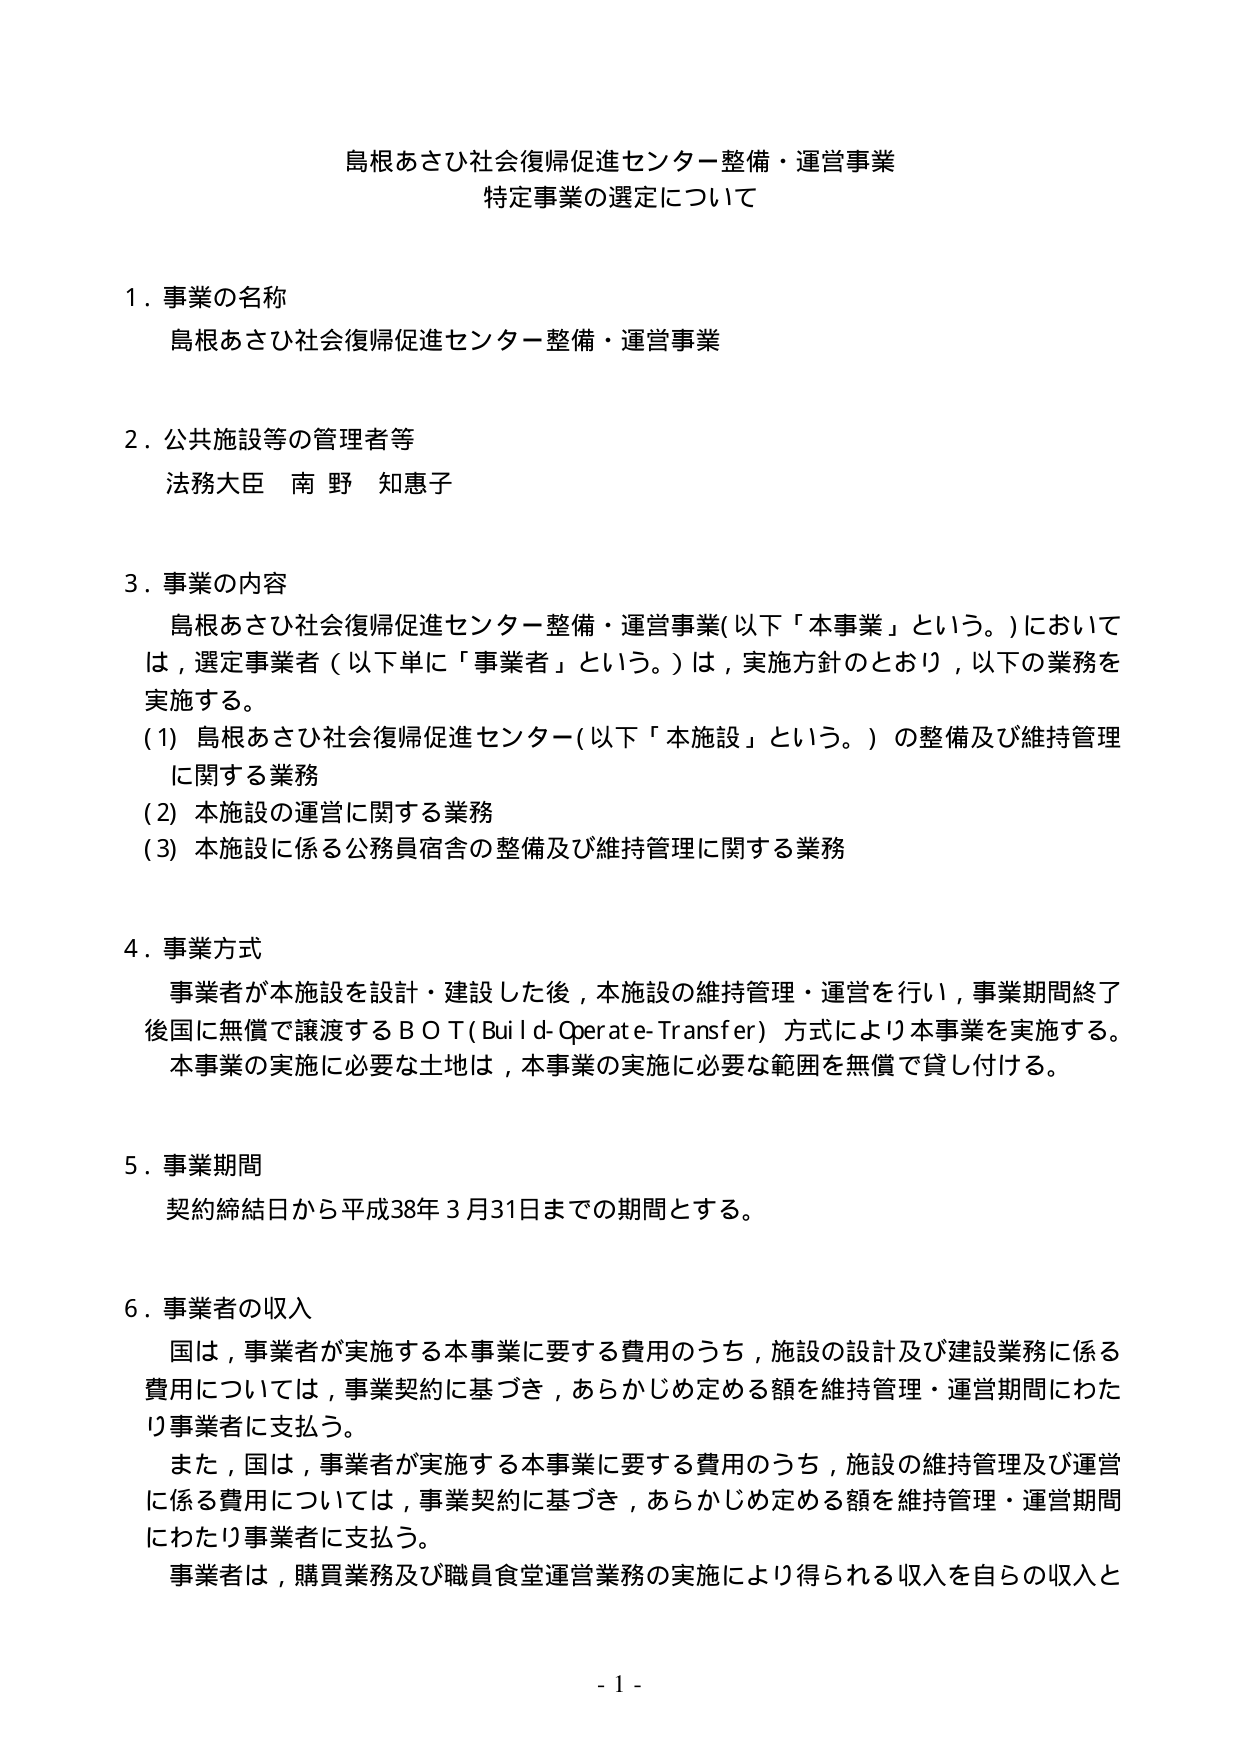
島根あさひ社会復帰促進センター整備・運営事業
特定事業の選定について

1．事業の名称
　島根あさひ社会復帰促進センター整備・運営事業

2．公共施設等の管理者等
　法務大臣 南野 知恵子

3．事業の内容
　島根あさひ社会復帰促進センター整備・運営事業（以下「本事業」という。）においては、選定事業者（以下単に「事業者」という。）は、実施方針のとおり、以下の業務を実施する。
　（1）島根あさひ社会復帰促進センター（以下「本施設」という。）の整備及び維持管理に関する業務
　（2）本施設の運営に関する業務
　（3）本施設に係る公務員宿舎の整備及び維持管理に関する業務

4．事業方式
　事業者が本施設を設計・建設した後、本施設の維持管理・運営を行い、事業期間終了後国に無償で譲渡するＢＯＴ（Build-Operate-Transfer）方式により本事業を実施する。
　本事業の実施に必要な土地は、本事業の実施に必要な範囲を無償で貸し付ける。

5．事業期間
　契約締結日から平成38年3月31日までの期間とする。

6．事業者の収入
　国は、事業者が実施する本事業に要する費用のうち、施設の設計及び建設業務に係る費用については、事業契約に基づき、あらかじめ定める額を維持管理・運営期間にわたり事業者に支払う。
　また、国は、事業者が実施する本事業に要する費用のうち、施設の維持管理及び運営に係る費用については、事業契約に基づき、あらかじめ定める額を維持管理・運営期間にわたり事業者に支払う。
　事業者は、購買業務及び職員食堂運営業務の実施により得られる収入を自らの収入と

- 1 -